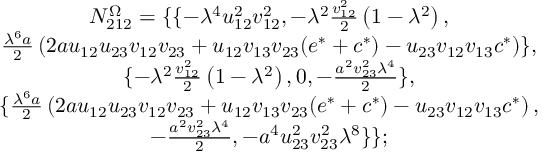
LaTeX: \begin{array} { c } { { N _ { 2 1 2 } ^ { \Omega } = \{ \{ - \lambda ^ { 4 } u _ { 1 2 } ^ { 2 } v _ { 1 2 } ^ { 2 } , - \lambda ^ { 2 } \frac { v _ { 1 2 } ^ { 2 } } 2 \left( 1 - \lambda ^ { 2 } \right) , } } \\ { { \frac { \lambda ^ { 6 } a } { 2 } \left( 2 a u _ { 1 2 } u _ { 2 3 } v _ { 1 2 } v _ { 2 3 } + u _ { 1 2 } v _ { 1 3 } v _ { 2 3 } ( e ^ { * } + c ^ { * } ) - u _ { 2 3 } v _ { 1 2 } v _ { 1 3 } c ^ { * } \right) \} , } } \\ { { \{ - \lambda ^ { 2 } \frac { v _ { 1 2 } ^ { 2 } } 2 \left( 1 - \lambda ^ { 2 } \right) , 0 , - \frac { a ^ { 2 } v _ { 2 3 } ^ { 2 } \lambda ^ { 4 } } 2 \} , } } \\ { { \{ \frac { \lambda ^ { 6 } a } { 2 } \left( 2 a u _ { 1 2 } u _ { 2 3 } v _ { 1 2 } v _ { 2 3 } + u _ { 1 2 } v _ { 1 3 } v _ { 2 3 } ( e ^ { * } + c ^ { * } ) - u _ { 2 3 } v _ { 1 2 } v _ { 1 3 } c ^ { * } \right) , } } \\ { { - \frac { a ^ { 2 } v _ { 2 3 } ^ { 2 } \lambda ^ { 4 } } 2 , - a ^ { 4 } u _ { 2 3 } ^ { 2 } v _ { 2 3 } ^ { 2 } \lambda ^ { 8 } \} \} ; } } \end{array}